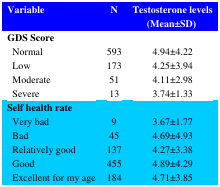
<table><thead><tr><td><b>Variable</b></td><td><b>N</b></td><td><b>Testosterone levels(Mean±SD)</b></td></tr></thead><tbody><tr><td><b>GDS Score</b></td><td></td><td></td></tr><tr><td> Normal Low Moderate Severe</td><td>5931735113</td><td>4.94±4.224.25±3.944.11±2.983.74±1.33</td></tr><tr><td><b>Self health rate</b></td><td></td><td></td></tr><tr><td> Very bad Bad Relatively good Good Excellent for my age</td><td>945137455184</td><td>3.67±1.774.69±4.934.27±3.384.89±4.294.71±3.85</td></tr></tbody></table>